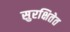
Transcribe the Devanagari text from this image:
सुरक्षितेत